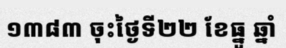
១៣៨៣ ចុះថ្ងៃទី២២ ខែធ្នូ ឆ្នាំ